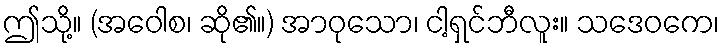
ဤသို့။ (အဝေါစ၊ ဆို၏။) အာဝုသော၊ ငါ့ရှင်ဘီလူး။ သဒေဝကေ၊